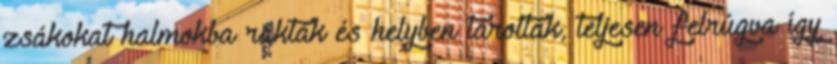
zsákokat halmokba rakták és helyben tárolták, teljesen felrúgva így